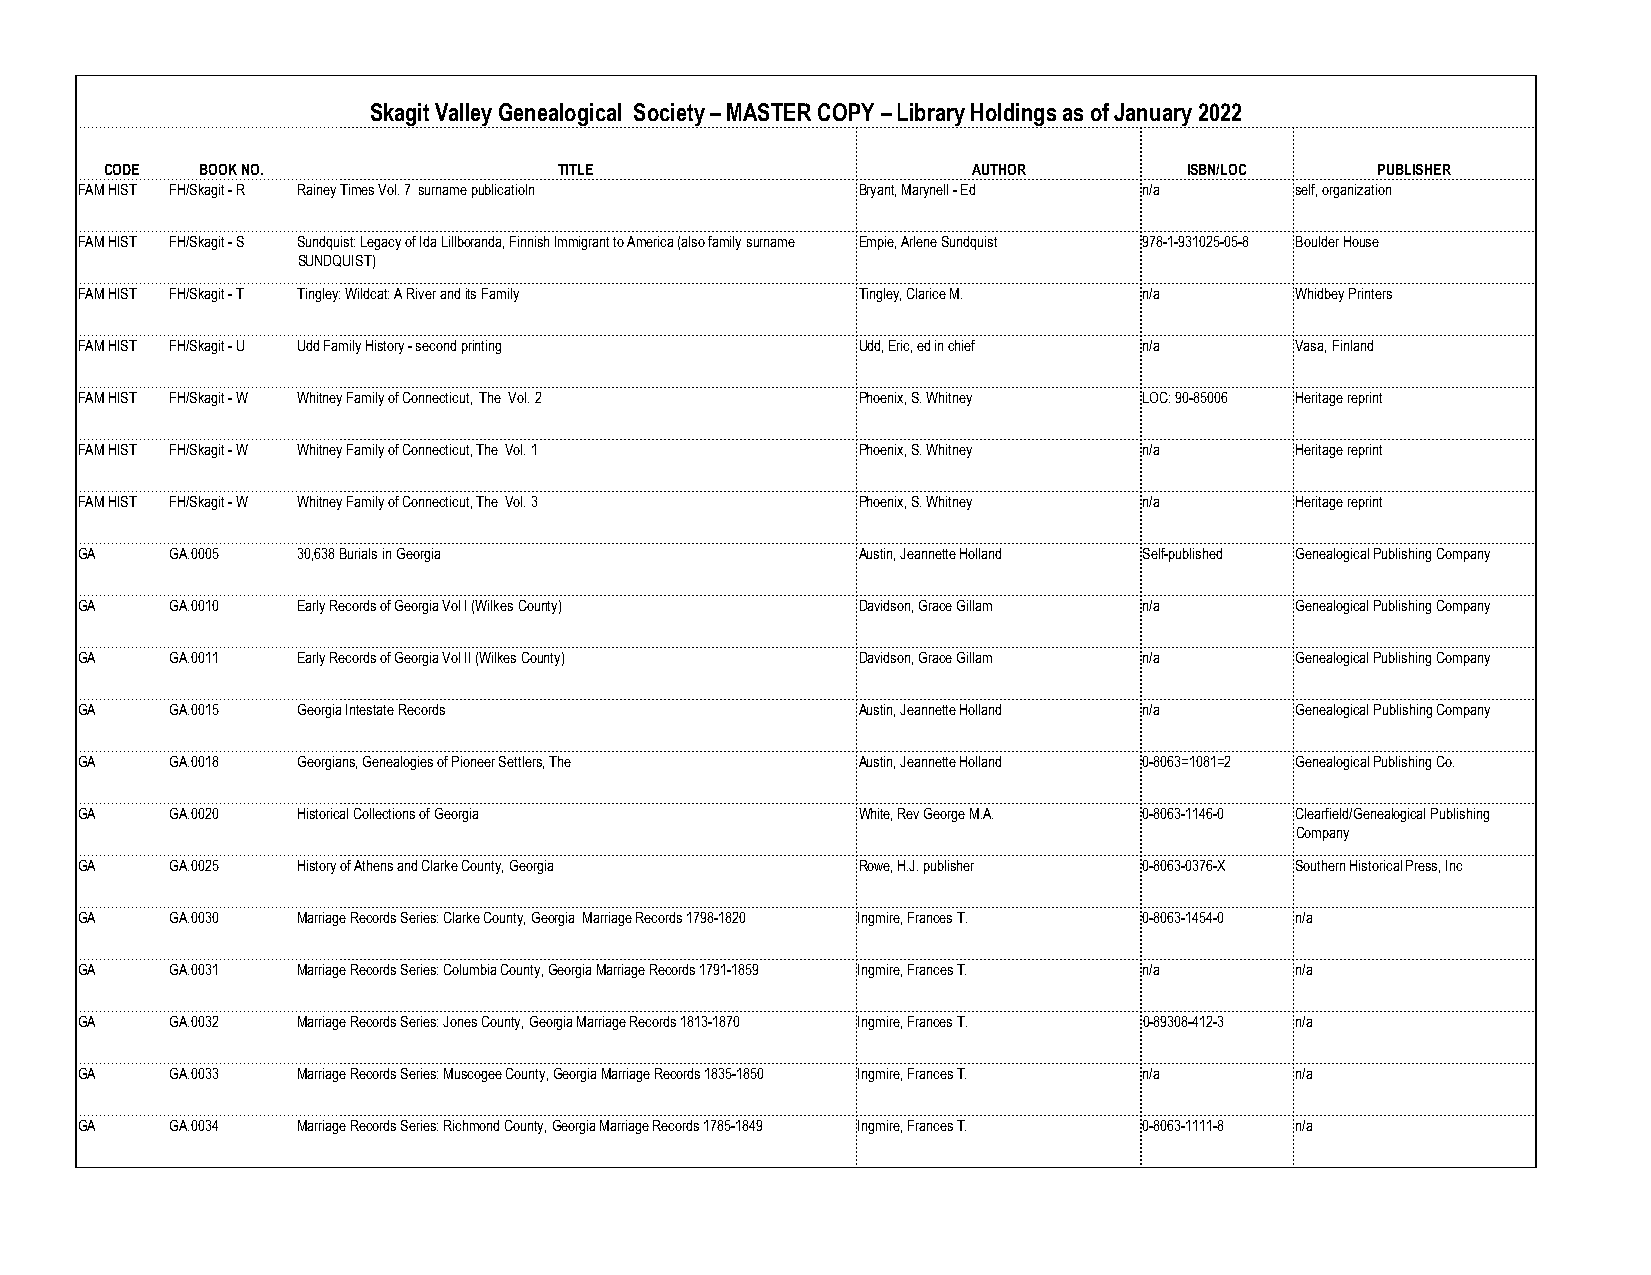
Skagit Valley Genealogical Society – MASTER COPY – Library Holdings as of January 2022
 CODE  BOOK NO.                TITLE                      AUTHOR         ISBN/LOC    PUBLISHER
 FAM HIST FH/Skagit - R Rainey Times Vol. 7 surname publicatioln Bryant, Marynell - Ed n/a self, organization
 FAM HIST FH/Skagit - S Sundquist: Legacy of Ida Lillboranda, Finnish Immigrant to America (also family surname Empie, Arlene Sundquist 978-1-931025-05-8 Boulder House
 SUNDQUIST)
 FAM HIST FH/Skagit - T Tingley: Wildcat: A River and its Family Tingley, Clarice M. n/a Whidbey Printers
 FAM HIST FH/Skagit - U Udd Family History - second printing Udd, Eric, ed in chief n/a Vasa, Finland
 FAM HIST FH/Skagit - W Whitney Family of Connecticut, The Vol. 2 Phoenix, S. Whitney LOC: 90-85006 Heritage reprint
 FAM HIST FH/Skagit - W Whitney Family of Connecticut, The Vol. 1 Phoenix, S. Whitney n/a Heritage reprint
 FAM HIST FH/Skagit - W Whitney Family of Connecticut, The Vol. 3 Phoenix, S. Whitney n/a Heritage reprint
 GA    GA.0005  30,638 Burials in Georgia            Austin, Jeannette Holland Self-published Genealogical Publishing Company
 GA    GA.0010  Early Records of Georgia Vol I (Wilkes County) Davidson, Grace Gillam n/a Genealogical Publishing Company
 GA    GA.0011  Early Records of Georgia Vol II (Wilkes County) Davidson, Grace Gillam n/a Genealogical Publishing Company
 GA    GA.0015  Georgia Intestate Records            Austin, Jeannette Holland n/a Genealogical Publishing Company
 GA    GA.0018  Georgians, Genealogies of Pioneer Settlers, The Austin, Jeannette Holland 0-8063=1081=2 Genealogical Publishing Co.
 GA    GA.0020  Historical Collections of Georgia    White, Rev George M.A. 0-8063-1146-0 Clearfield/Genealogical Publishing
 Company
 GA    GA.0025  History of Athens and Clarke County, Georgia Rowe, H.J. publisher 0-8063-0376-X Southern Historical Press, Inc
 GA    GA.0030  Marriage Records Series: Clarke County, Georgia Marriage Records 1798-1820 Ingmire, Frances T. 0-8063-1454-0 n/a
 GA    GA.0031  Marriage Records Series: Columbia County, Georgia Marriage Records 1791-1859 Ingmire, Frances T. n/a n/a
 GA    GA.0032  Marriage Records Series: Jones County, Georgia Marriage Records 1813-1870 Ingmire, Frances T. 0-89308-412-3 n/a
 GA    GA.0033  Marriage Records Series: Muscogee County, Georgia Marriage Records 1835-1850 Ingmire, Frances T. n/a n/a
 GA    GA.0034  Marriage Records Series: Richmond County, Georgia Marriage Records 1785-1849 Ingmire, Frances T. 0-8063-1111-8 n/a